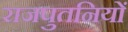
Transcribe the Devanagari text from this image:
राजपुतनियों